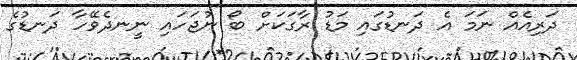
ދަރިއެއް ނަމަ އެ ދަނޑުގައި މަޑު ރާގަކަށް ބޯ ނުޖަހައި ނީނދެވޭހާ ދަނޑުގެ